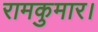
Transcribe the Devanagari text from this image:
रामकुमार।